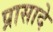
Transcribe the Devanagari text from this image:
प्रासादे